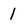
Character: 1